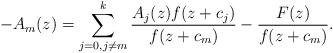
LaTeX: \begin{align*}-A_{m}(z)=\sum_{j=0,j\neq m}^{k}\frac{A_{j}(z)f(z+c_{j})}{f(z+c_{m})}-\frac{F(z)}{f(z+c_{m})}. \end{align*}